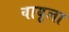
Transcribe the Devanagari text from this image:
वायूला